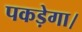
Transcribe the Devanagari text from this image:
पकड़ेगा।